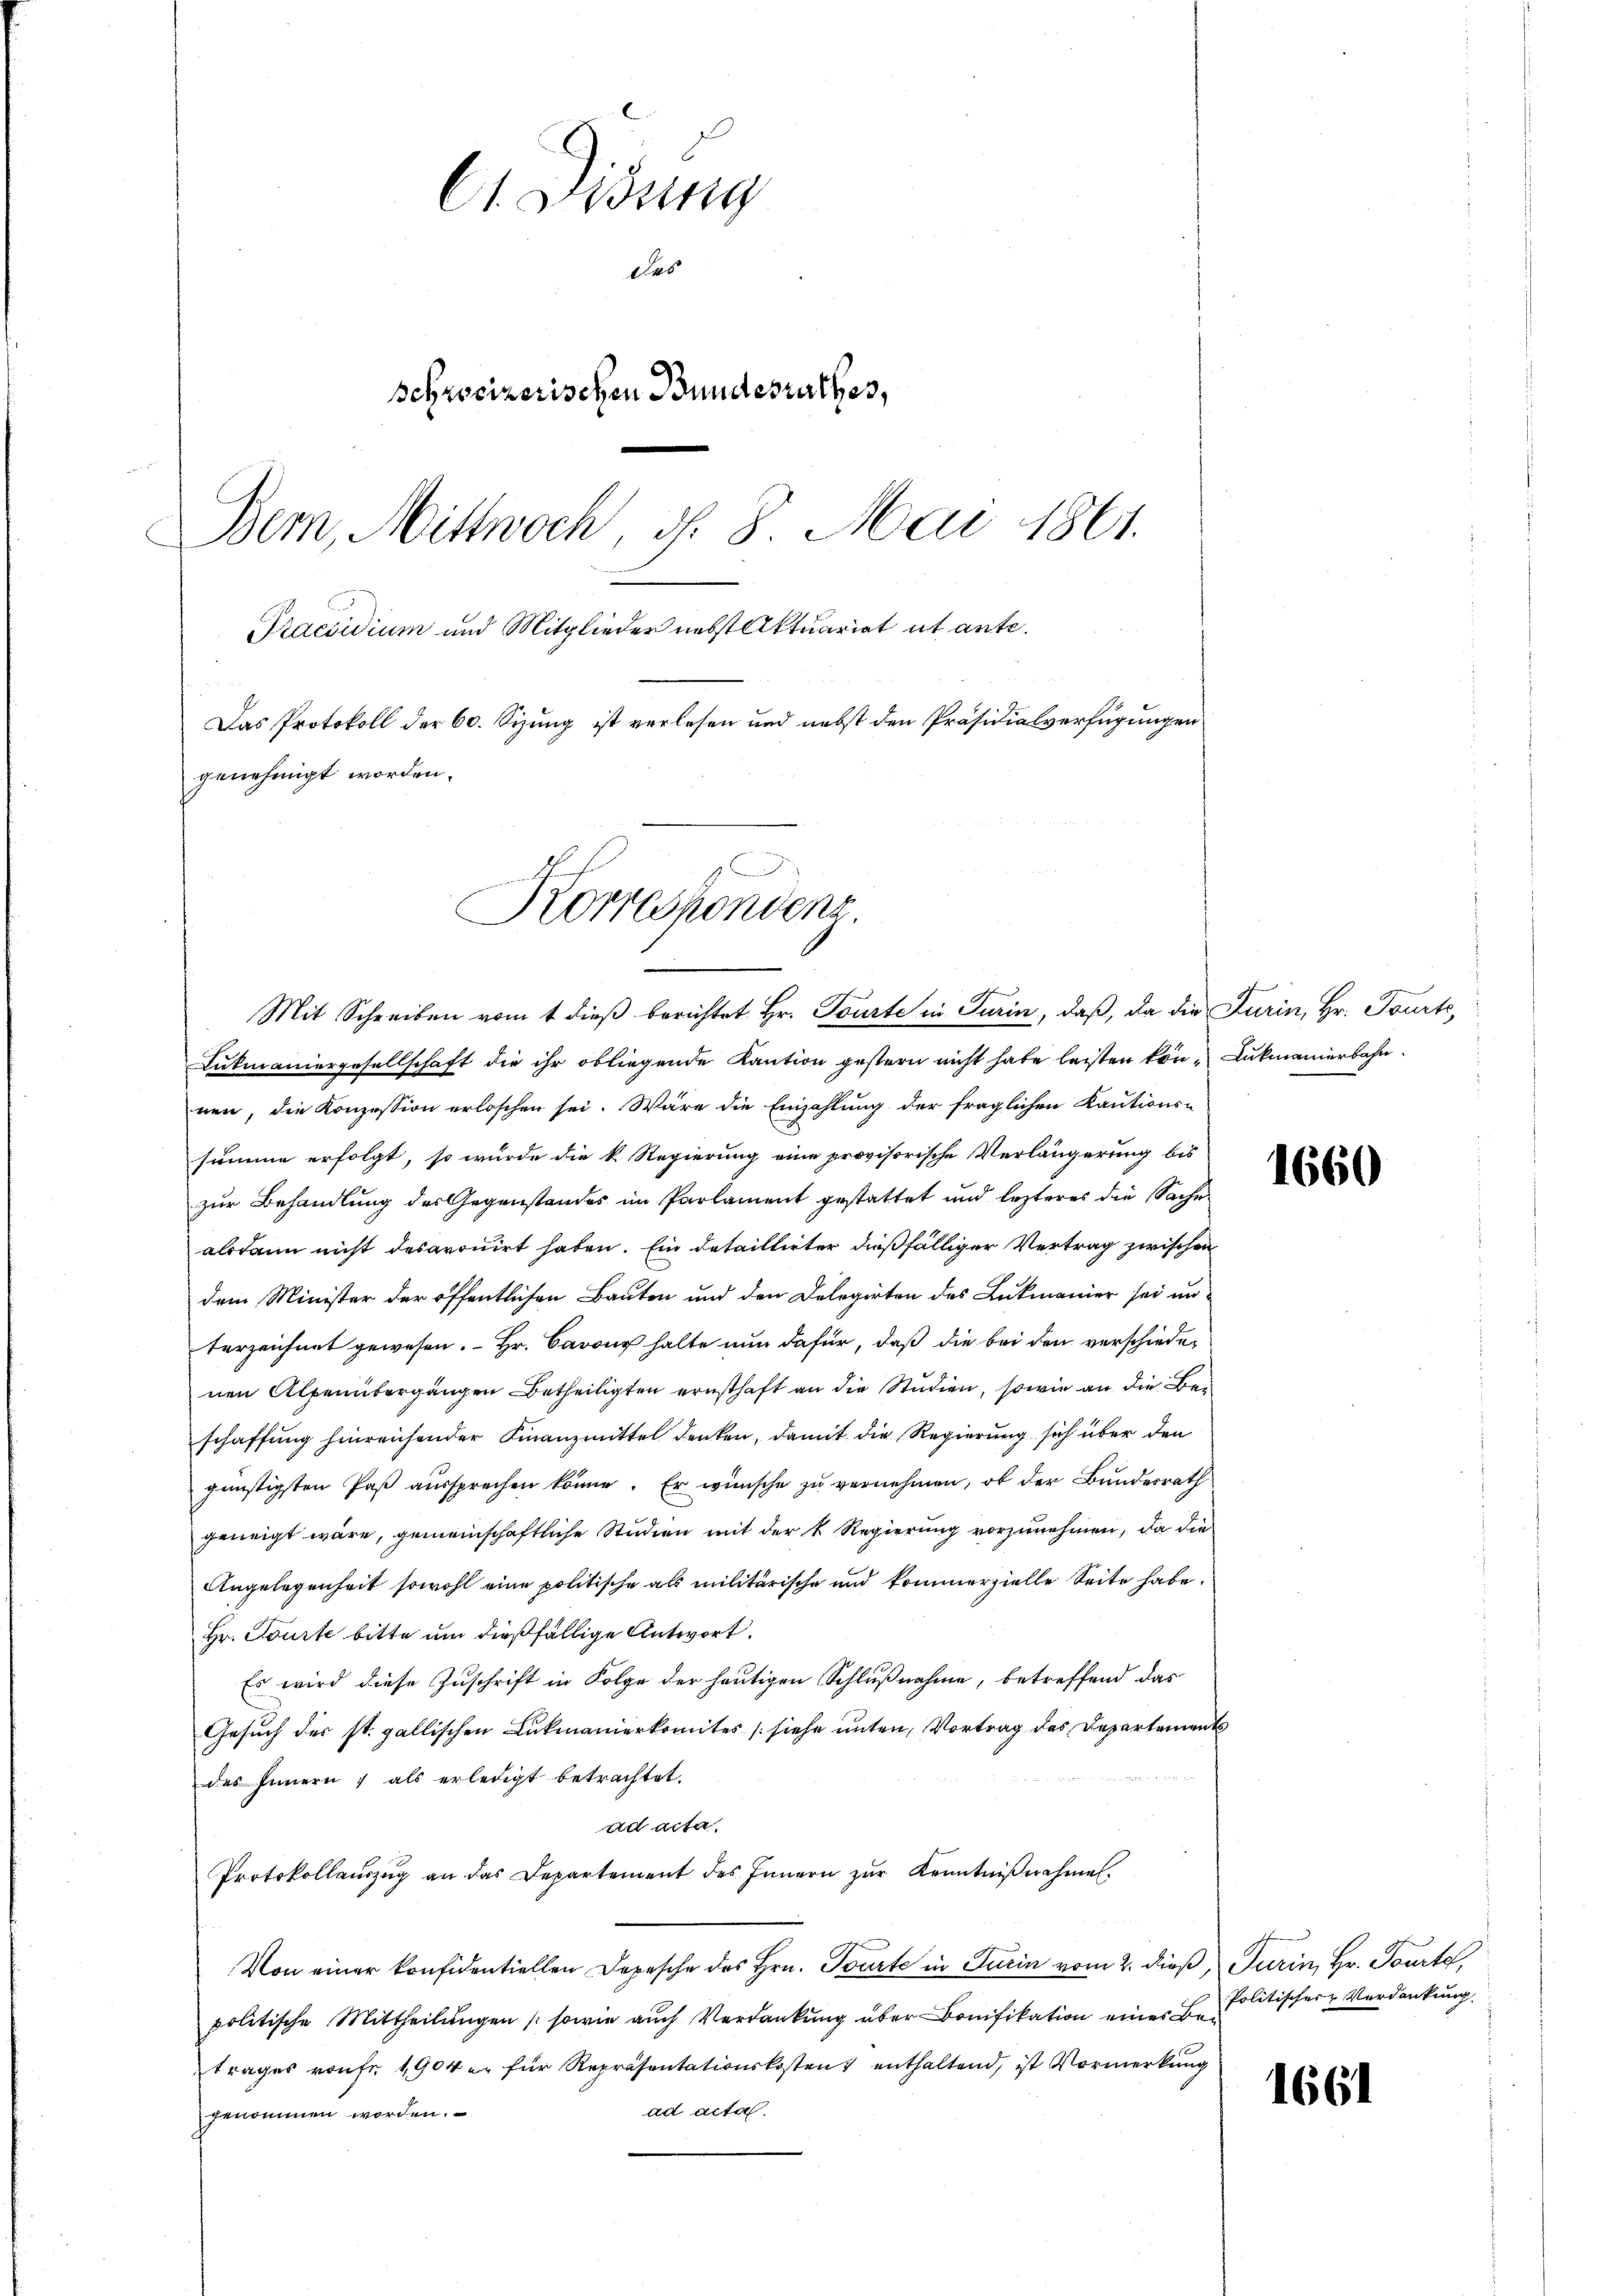
61 Didung
Das
Schreizerischen Bundesrathes,
Bern, Mittwoch, d. 8. Mai 1861.
Praesidium und Mitglieder nebst Aktuariat ut ante.
Das Protokoll der 60. Sizung ist verlesen und nebst den Präsidialverfügungen
genehmigt worden.
Korrespondenz.

Mit Schreiben vom 1 dieβ berichtet Hr. Tourte in Turin, daß, da die Furin, Hr. Tourte

Lukmaniergesellschaft die ihr obliegende Kaution gestern nicht habe leisten kön¬ Lukmanierbahnnen, die Konzession erloschen sei. Wäre die Einzahlung der fraglichen Kautions-
summe erfolgt, so wurde die k. Regierung eine provisorische Verlängerung bis
zur Behandlung des Gegenstandes im Parlament gestattet und lezteres die Sache
alsdann nicht desavouirt haben. Ein Detaillirter dießfälliger Vertrag zwischen
dem Minister der öffentlichen Bauten und den Delegirten des Lukmanier sei un
terzeichnet gewesen. Hr. Cavoug halte nun dafür, daß die bei den verschiede-
nen Alpenübergängen Betheiligten ernsthaft an die Studien, sowie an die Beschaffung hinreichender Finanzmittel denken, damit die Regierung sich über den
günstigsten Paß aussprechen könne. Er wünsche zu vernehmen, ob der Bundesrath
geneigt wäre, gemeinschaftliche Studien mit der k. Regierung vorzunehmen, da die
Angelegenheit sowohl eine politische als militärische und kommerzielle Seite habe.
Hr. Tourte bitte um dießfällige Antwort.
Es wird diese Zuschrift in Folge der heutigen Schlußnahme, betreffend das
Gesŭch der st. gallischen Lukmanierkomites (siehe unten, Vortrag des Departements
des Innern , als erledigt betrachtet.
ad acta.
Protokollaŭszŭg an das Departement des Innern zŭr Kenntniβnahmen.
Von einer konfidentiellen Depesche des Hrn. Tourte in Turin vom 2. dieß, Turin, Hr. Tourt,
politische Mittheilungen (sowie auch Verdankung über Bonifikation eines Betrages vonft 1904 er für Repräsentationskosten enthaltend, ist Vormerkung
ad acta.
genommen worden.

1660

Politischer Verdankung.

1661